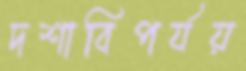
দশাবিপর্যয়